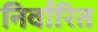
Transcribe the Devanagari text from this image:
निर्वारित